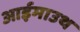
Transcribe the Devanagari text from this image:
आईमाउथ